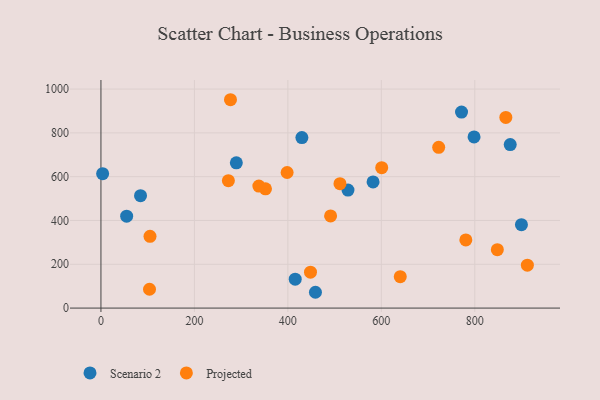
{"axis": {"x": "Price", "y": "Exam Score"}, "legend": ["Projected", "Scenario 2"], "data": [{"x": "528.6", "y": 538.8, "type": "Scenario 2"}, {"x": "875.8", "y": 746.5, "type": "Scenario 2"}, {"x": "415.7", "y": 131.9, "type": "Scenario 2"}, {"x": "771.6", "y": 895.0, "type": "Scenario 2"}, {"x": "582.3", "y": 576.0, "type": "Scenario 2"}, {"x": "798.4", "y": 781.5, "type": "Scenario 2"}, {"x": "899.8", "y": 380.9, "type": "Scenario 2"}, {"x": "3.6", "y": 613.8, "type": "Scenario 2"}, {"x": "55.0", "y": 419.8, "type": "Scenario 2"}, {"x": "289.7", "y": 663.3, "type": "Scenario 2"}, {"x": "84.7", "y": 513.3, "type": "Scenario 2"}, {"x": "459.0", "y": 72.2, "type": "Scenario 2"}, {"x": "430.0", "y": 778.6, "type": "Scenario 2"}, {"x": "352.1", "y": 544.6, "type": "Projected"}, {"x": "491.4", "y": 420.9, "type": "Projected"}, {"x": "105.0", "y": 327.8, "type": "Projected"}, {"x": "848.2", "y": 266.6, "type": "Projected"}, {"x": "722.7", "y": 734.1, "type": "Projected"}, {"x": "640.5", "y": 143.5, "type": "Projected"}, {"x": "103.9", "y": 86.1, "type": "Projected"}, {"x": "398.4", "y": 619.2, "type": "Projected"}, {"x": "511.5", "y": 568.1, "type": "Projected"}, {"x": "272.7", "y": 581.9, "type": "Projected"}, {"x": "912.5", "y": 195.9, "type": "Projected"}, {"x": "780.8", "y": 311.4, "type": "Projected"}, {"x": "600.8", "y": 641.2, "type": "Projected"}, {"x": "337.9", "y": 557.3, "type": "Projected"}, {"x": "866.4", "y": 870.8, "type": "Projected"}, {"x": "448.4", "y": 164.1, "type": "Projected"}, {"x": "277.2", "y": 951.4, "type": "Projected"}]}